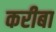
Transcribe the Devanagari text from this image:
करीबा